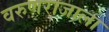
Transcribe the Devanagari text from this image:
वरुणराजाला